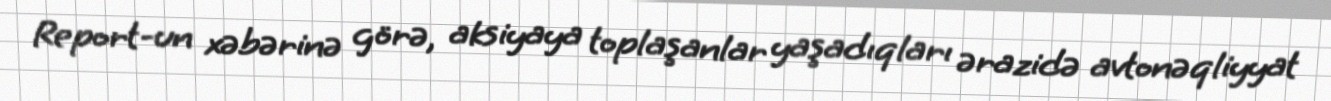
Report-un xəbərinə görə, aksiyaya toplaşanlar yaşadıqları ərazidə avtonəqliyyat